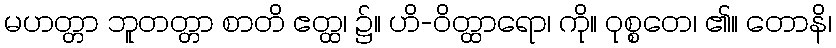
မဟတ္တာ ဘူတတ္တာ စာတိ ဧတ္ထ၊ ၌။ ဟိ-ဝိတ္ထာရော၊ ကို။ ဝုစ္စတေ၊ ၏။ တောနိ၊